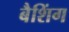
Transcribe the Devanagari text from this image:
बैशिंग